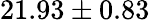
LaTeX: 21.93\pm 0.83